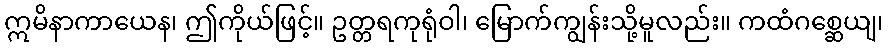
ဣမိနာကာယေန၊ ဤကိုယ်ဖြင့်။ ဥတ္တရကုရုံဝါ၊ မြောက်ကျွန်းသို့မူလည်း။ ကထံဂစ္ဆေယျ၊